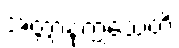
အတ္တာနုက္ကံသေတိ